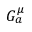
G _ { a } ^ { \mu }